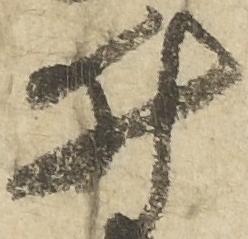
井